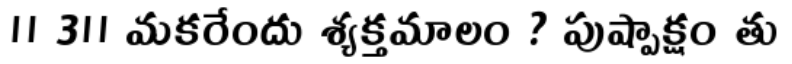
॥ 3॥ మకరేందు శ్యక్తమాలం ? పుష్పాక్షం తు